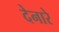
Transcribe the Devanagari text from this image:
देनारे